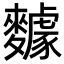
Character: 𪍸